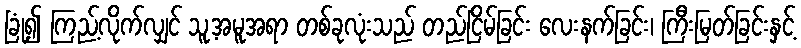
ခြုံ၍ ကြည့်လိုက်လျှင် သူ့အမူအရာ တစ်ခုလုံးသည် တည်ငြိမ်ခြင်း လေးနက်ခြင်း၊ ကြီးမြတ်ခြင်းနှင့်